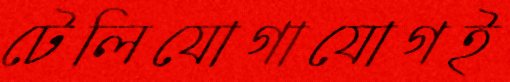
টেলিযোগাযোগই